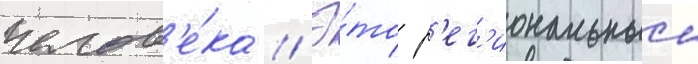
челов'е́ка // Э́то р'ег'иональныи